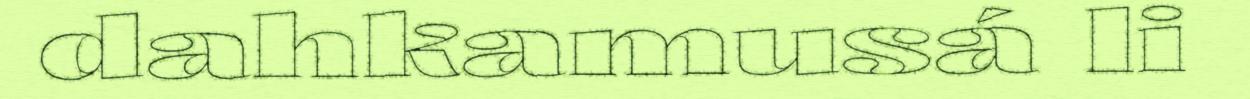
dahkamusá li